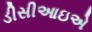
ડીસીઆઇએ